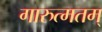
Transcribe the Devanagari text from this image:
गारुत्मतम्